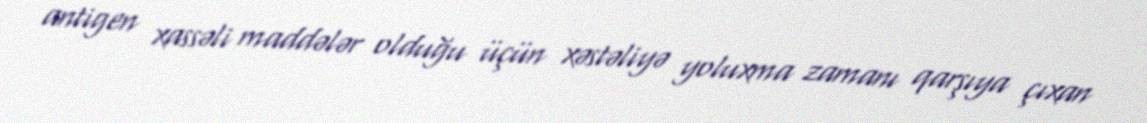
antigen xassəli maddələr olduğu üçün xəstəliyə yoluxma zamanı qarşıya çıxan